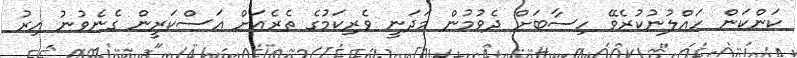
ކަންކަން ހައްލުނުކުރެވޭ ހިސާބަށް ދެވުމުން މަދަނީ ވެރިކަމުގެ ތެރެއަށް އަސްކަރީން ގެނެވުނު އިރު